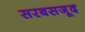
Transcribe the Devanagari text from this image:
सरबसजूद